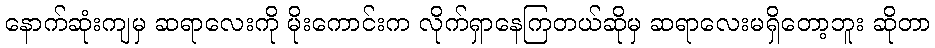
နောက်ဆုံးကျမှ ဆရာလေးကို မိုးကောင်းက လိုက်ရှာနေကြတယ်ဆိုမှ ဆရာလေးမရှိတော့ဘူး ဆိုတာ